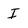
Character: I